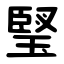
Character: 㻨